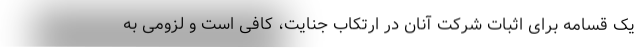
یک قسامه برای اثبات شرکت آنان در ارتکاب جنایت، کافی است و لزومی به